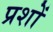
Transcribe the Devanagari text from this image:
प्रशों